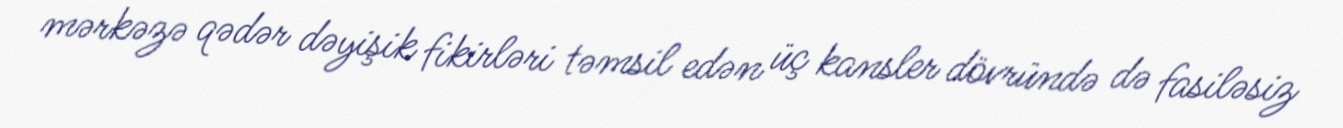
mərkəzə qədər dəyişik fikirləri təmsil edən üç kansler dövründə də fasiləsiz